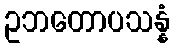
ဥဘတောပသန္နံ